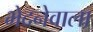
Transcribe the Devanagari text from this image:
भेदनेवाला